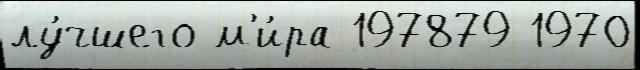
лу́чшего м'и́ра 197879 1970